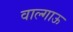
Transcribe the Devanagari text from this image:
वाल्गाऊ